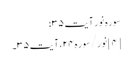
سوره نور آیت ۳۵؛
[۴] نور/سوره۲۴، آیت ۳۵۔